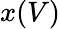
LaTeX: x(V)